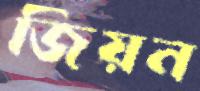
জিয়ন